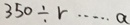
3 5 0 \div r \cdots a